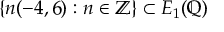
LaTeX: \{ n ( - 4 , 6 ) : n \in \mathbb { Z } \} \subset E _ { 1 } ( \mathbb { Q } )